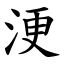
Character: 浭